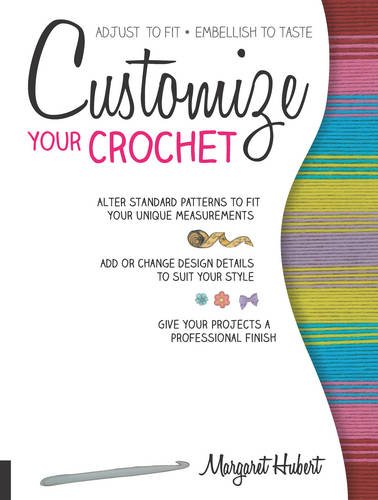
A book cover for Customize Your Crochet: Adjust to fit; embellish to taste; Margaret Hubert; Crafts, Hobbies & Home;